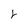
Character: 2